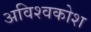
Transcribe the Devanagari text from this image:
अविश्वकोश